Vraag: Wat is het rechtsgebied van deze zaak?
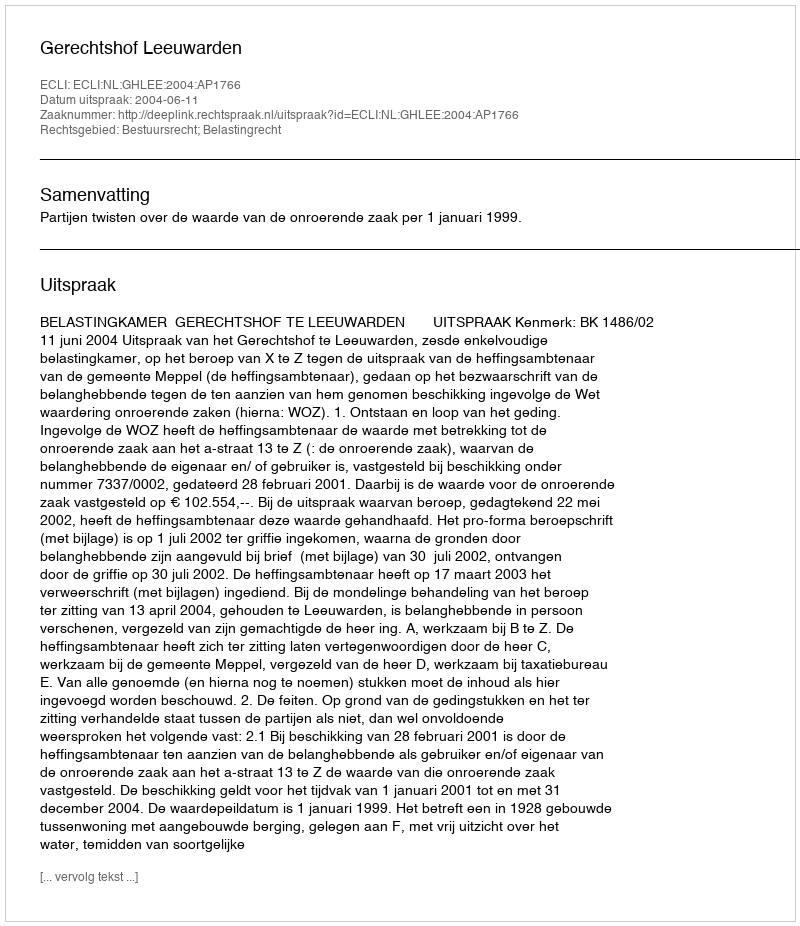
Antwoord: Bestuursrecht; Belastingrecht